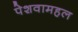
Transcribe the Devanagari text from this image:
पेशवामहल